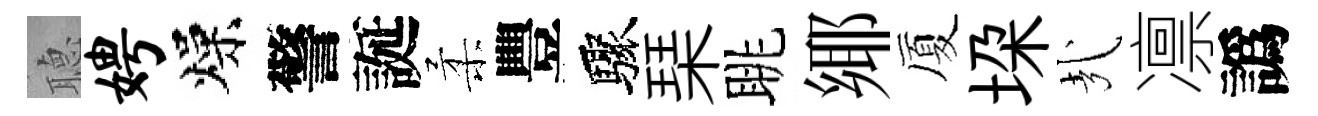
𦗟娉燥警誕柔豐驟琹眺鄊厦垜㢤凛譌